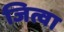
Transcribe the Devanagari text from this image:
जित्वा